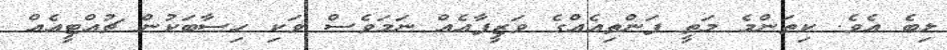
ލިބެ އެވެ. ކިތަންމެ މަތީ ފަންތިއެއްގެ ވަޒީފާއެއް ނަމަވެސް ވަކި ހިސާބަކުން ޗުއްޓީއެއް